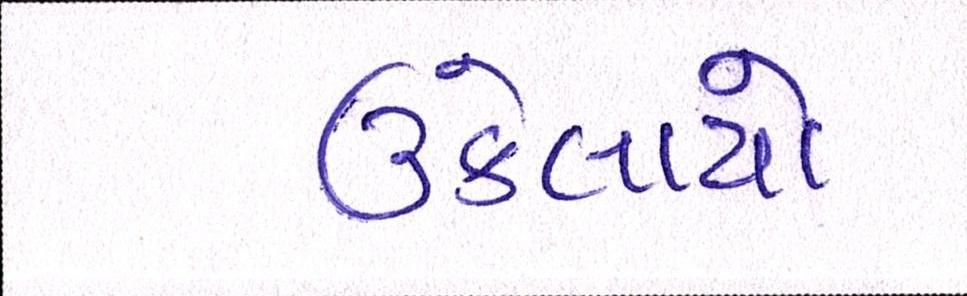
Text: ઉકેલાયો